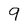
Character: 9